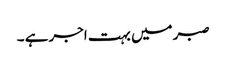
صبر میں بہت اجر ہے ۔